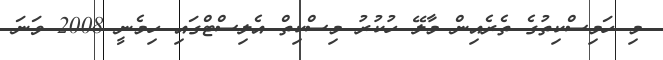
މި ހަމިސްކިތުގެ ތެރެއިން މާލޭ ހުކުރު މިސްކިތް އެލިސްޓްގައި ހިމެނީ 2008 ވަނަ